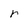
Character: r